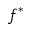
f ^ { * }